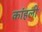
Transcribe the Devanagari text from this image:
कांहली